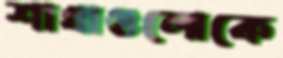
শাখাগুলোকে